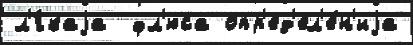
л'́гкаjа  фл'юса опр'ед'ел'е́н'иjа